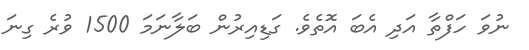
ނުވަ ހަފްތާ އަދި އެބަ އޮތެވެ. ގަޑިއިރުން ބަލާނަމަ 1500 ވުރެ ގިނަ